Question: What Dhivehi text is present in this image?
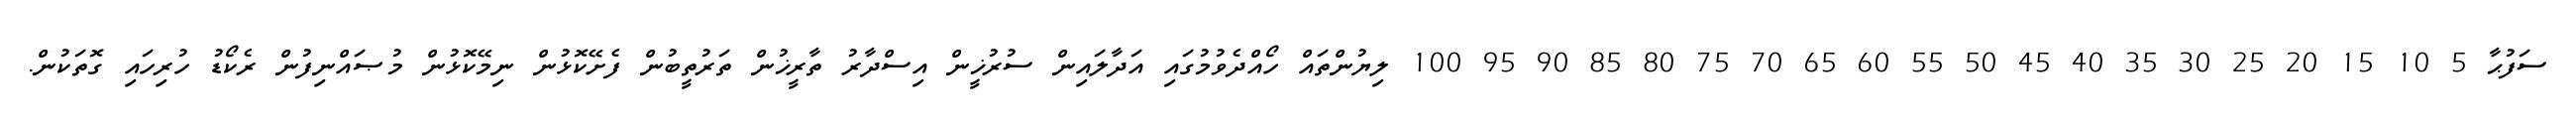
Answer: ސަފުޙާ 5 10 15 20 25 30 35 40 45 50 55 60 65 70 75 80 85 90 95 100 ލިޔުންތައް ހޯއްދެވުމުގައި އަދާލައިން ސުރުޚީން އިސްދާރު ތާރީޚުން ތަރުތީބުން ފެށޭކޮޅުން ނިމޭކޮޅުން މުޞައްނިފުން ރެކޯޑު ހުރިހައި ގޮތަކުން.